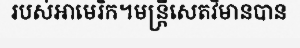
របស់អាមេរិក។មន្ត្រីសេតវិមានបាន